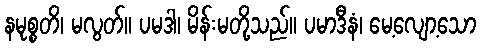
နမုစ္စတိ၊ မလွတ်။ ပမဒါ၊ မိန်းမတို့သည်။ ပမာဒီနံ၊ မေ့လျော့သော